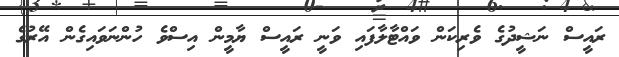
ރައީސް ނަޝީދުގެ ވެރިކަން ވައްޓާލާފައި ވަނީ ރައީސް ޔާމީން އިސްވެ ހުންނަވައިގެން އޭރުގެ